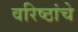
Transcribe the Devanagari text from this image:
वरिष्ठांचे